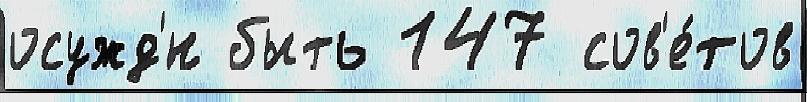
осужд'́н быть 147 сов'е́тов